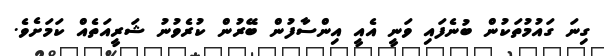
ގިނަ ގައުމުތަކުން ބުނެފައި ވަނީ އެއީ އިންސާފުން ބޭރުން ކުރެވުނު ޝަރީއަތެއް ކަމަށެވެ.